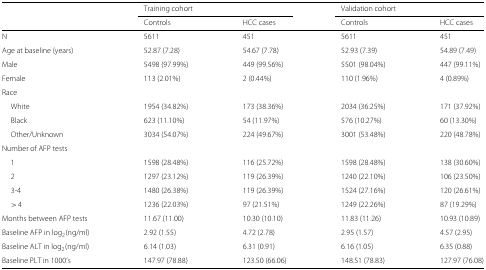
<table><thead><tr><td></td><td colspan="2"><b>Training cohort</b></td><td colspan="2"><b>Validation cohort</b></td></tr><tr><td></td><td><b>Controls</b></td><td><b>HCC cases</b></td><td><b>Controls</b></td><td><b>HCC cases</b></td></tr></thead><tbody><tr><td>N</td><td>5611</td><td>451</td><td>5611</td><td>451</td></tr><tr><td>Age at baseline (years)</td><td>52.87 (7.28)</td><td>54.67 (7.78)</td><td>52.93 (7.39)</td><td>54.89 (7.49)</td></tr><tr><td>Male</td><td>5498 (97.99%)</td><td>449 (99.56%)</td><td>5501 (98.04%)</td><td>447 (99.11%)</td></tr><tr><td>Female</td><td>113 (2.01%)</td><td>2 (0.44%)</td><td>110 (1.96%)</td><td>4 (0.89%)</td></tr><tr><td>Race</td><td></td><td></td><td></td><td></td></tr><tr><td>White</td><td>1954 (34.82%)</td><td>173 (38.36%)</td><td>2034 (36.25%)</td><td>171 (37.92%)</td></tr><tr><td>Black</td><td>623 (11.10%)</td><td>54 (11.97%)</td><td>576 (10.27%)</td><td>60 (13.30%)</td></tr><tr><td>Other/Unknown</td><td>3034 (54.07%)</td><td>224 (49.67%)</td><td>3001 (53.48%)</td><td>220 (48.78%)</td></tr><tr><td>Number of AFP tests</td><td></td><td></td><td></td><td></td></tr><tr><td>1</td><td>1598 (28.48%)</td><td>116 (25.72%)</td><td>1598 (28.48%)</td><td>138 (30.60%)</td></tr><tr><td>2</td><td>1297 (23.12%)</td><td>119 (26.39%)</td><td>1240 (22.10%)</td><td>106 (23.50%)</td></tr><tr><td>3-4</td><td>1480 (26.38%)</td><td>119 (26.39%)</td><td>1524 (27.16%)</td><td>120 (26.61%)</td></tr><tr><td>&gt; 4</td><td>1236 (22.03%)</td><td>97 (21.51%)</td><td>1249 (22.26%)</td><td>87 (19.29%)</td></tr><tr><td>Months between AFP tests</td><td>11.67 (11.00)</td><td>10.30 (10.10)</td><td>11.83 (11.26)</td><td>10.93 (10.89)</td></tr><tr><td>Baseline AFP in log2(ng/ml)</td><td>2.92 (1.55)</td><td>4.72 (2.78)</td><td>2.95 (1.57)</td><td>4.57 (2.95)</td></tr><tr><td>Baseline ALT in log2(ng/ml)</td><td>6.14 (1.03)</td><td>6.31 (0.91)</td><td>6.16 (1.05)</td><td>6.35 (0.88)</td></tr><tr><td>Baseline PLT in 1000’s</td><td>147.97 (78.88)</td><td>123.50 (66.06)</td><td>148.51 (78.83)</td><td>127.97 (76.08)</td></tr></tbody></table>